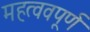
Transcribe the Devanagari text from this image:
महत्ववपूर्ण